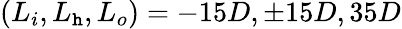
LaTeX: (L_{i},L_{\mathtt{h}},L_{o})=-15D,\pm15D,35D